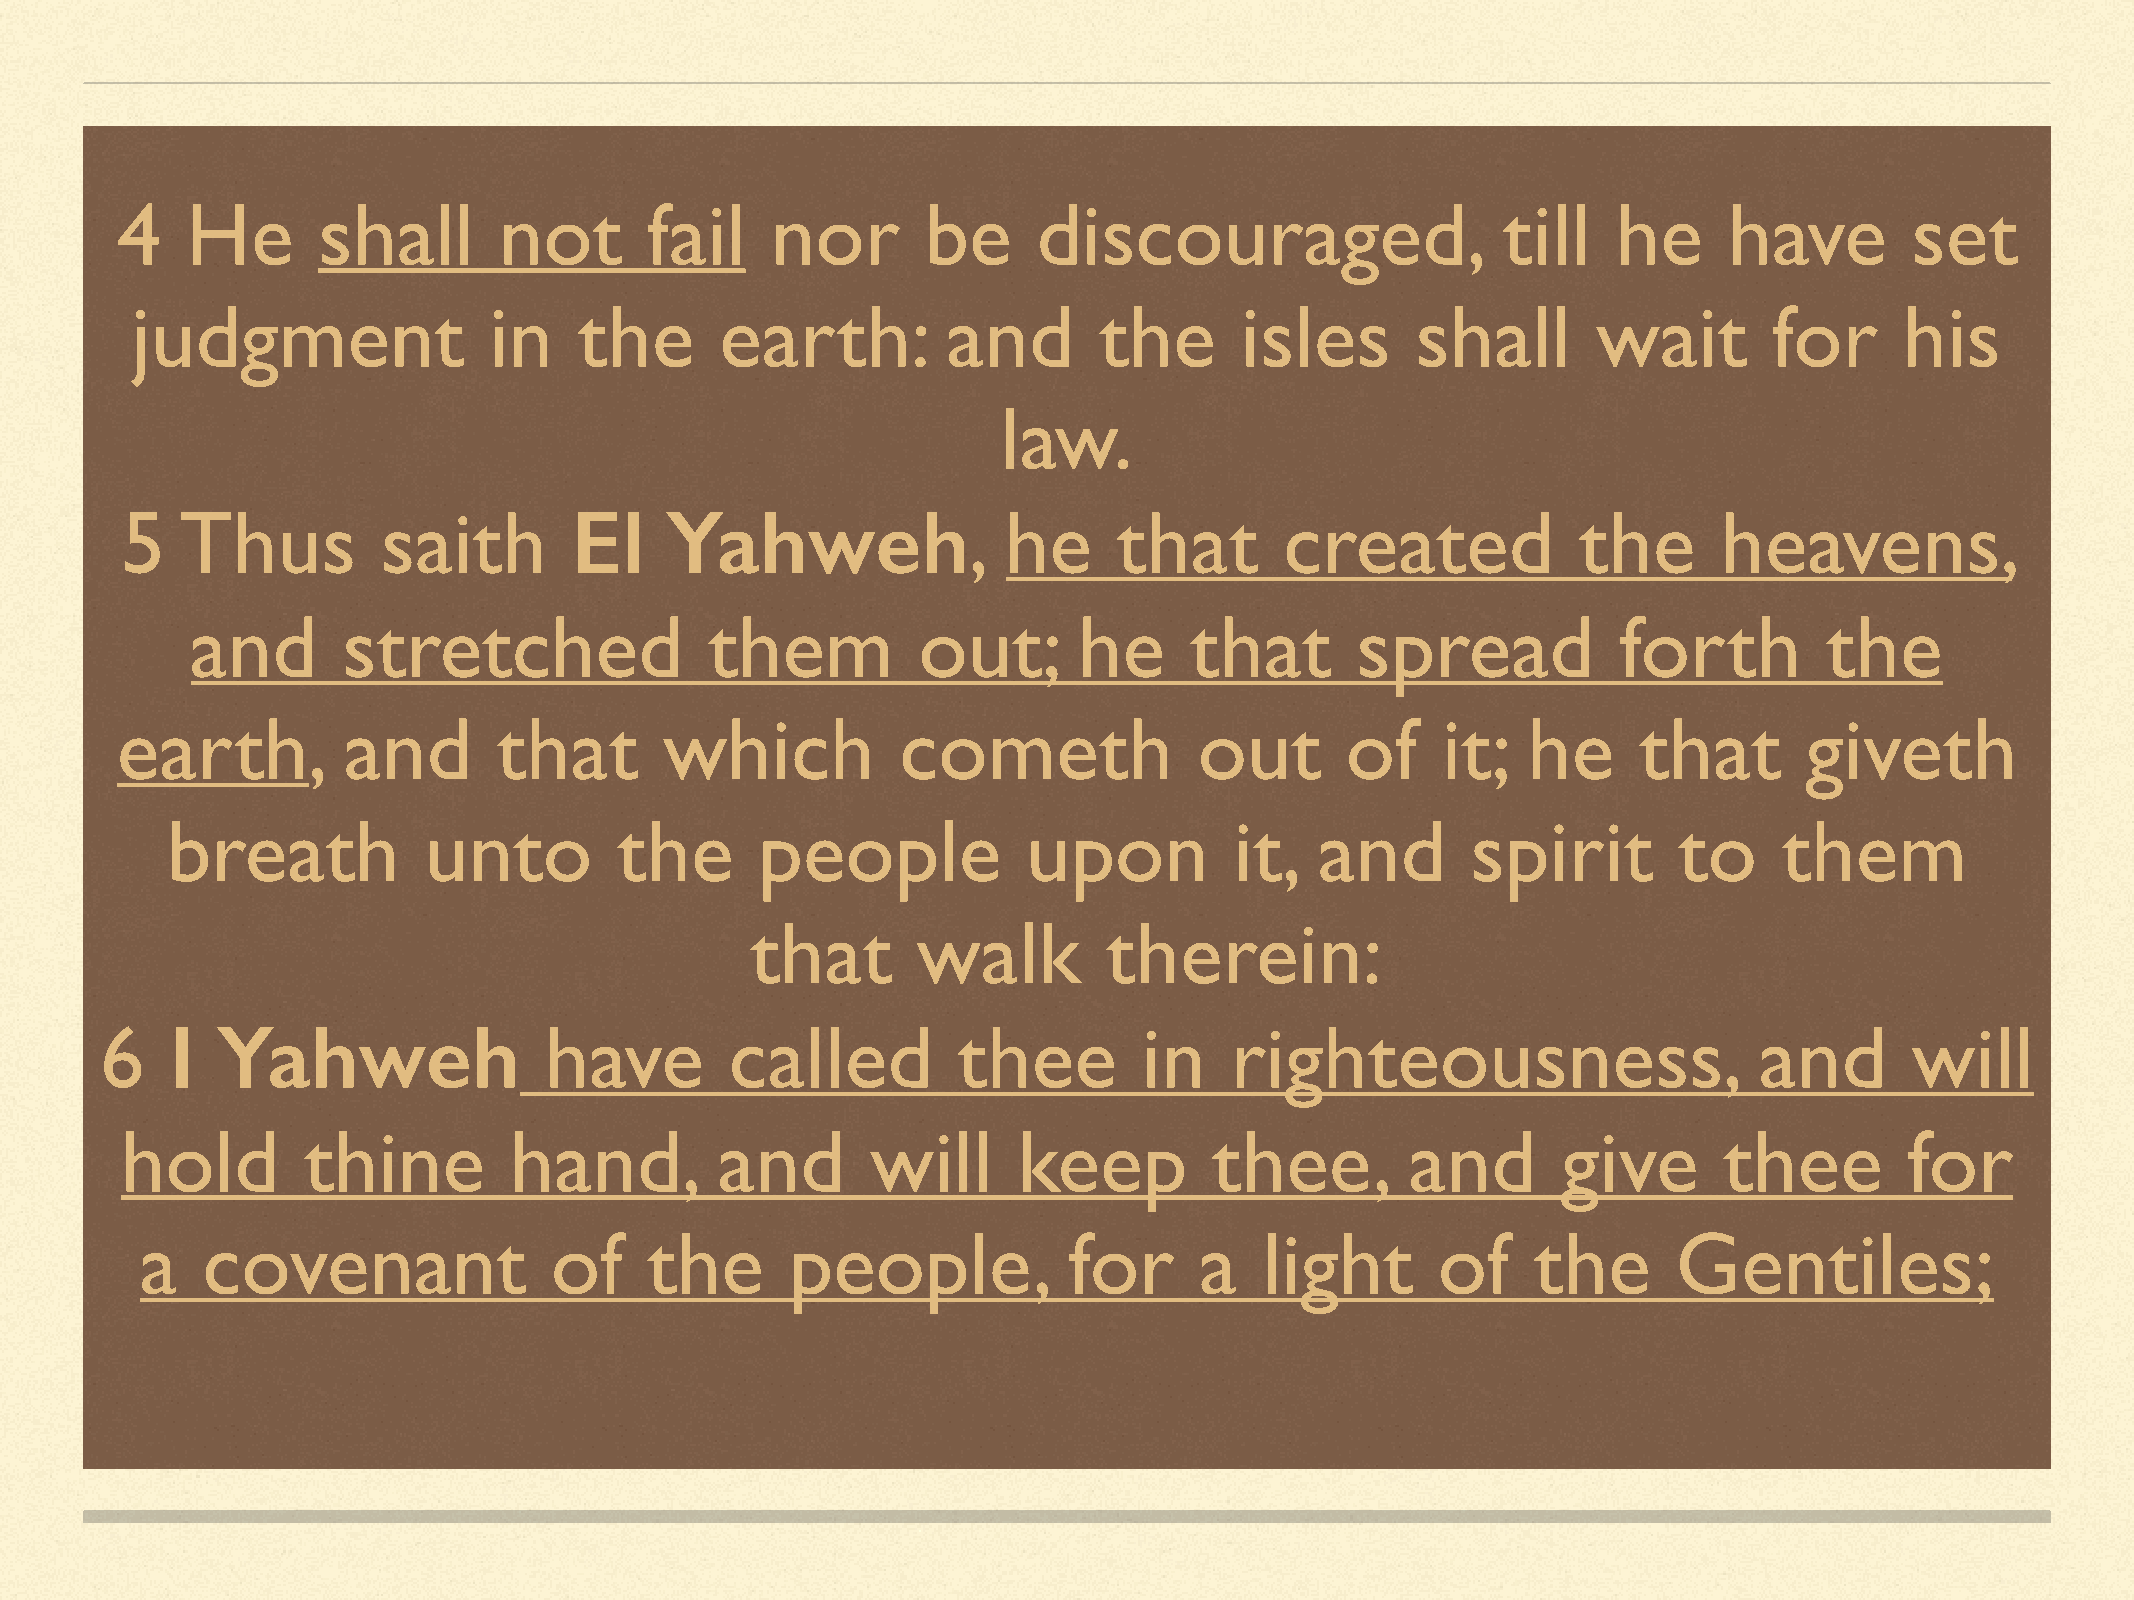
4   He       shall       not       fail    nor       be      discouraged,                  till    he     have         set
 judgment               in    the       earth:         and       the      isles       shall       wait       for      his
 law.
 5   Thus         saith        El    Yahweh,               he      that       created            the       heavens,
 and       stretched               them          out;      he      that       spread           forth         the
 earth,         and       that       which           cometh             out       of    it;   he     that        giveth
 breath           unto         the      people            upon          it,  and       spirit        to     them
 that       walk        therein:
 6   I  Yahweh                have        called         thee         in   righteousness,                     and        will
 hold        thine         hand,        and        will     keep         thee,        and       give       thee        for
 a   covenant               of     the      people,            for     a    light      of     the      Gentiles;